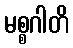
မစ္စဂါတိ